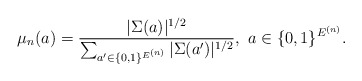
\begin{align*}\mu_{n}(a)=\frac{|\Sigma(a)|^{1/2}}{\sum_{a'\in\{0,1\}^{E^{(n)}}}|\Sigma(a')|^{1/2}},\ a\in\{0,1\}^{E^{(n)}}.\end{align*}